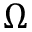
\Omega